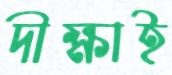
দীক্ষাই